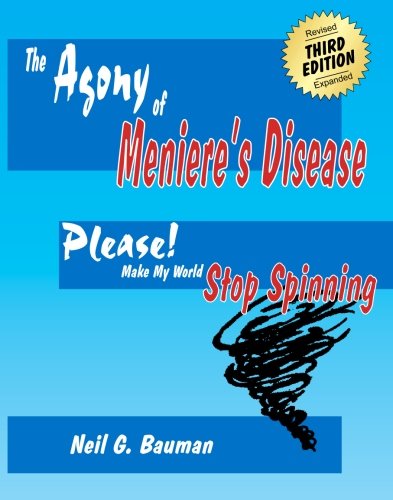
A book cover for The Agony of Meniere's Disease (3rd Edition): Please Make My World Stop Spinning!; Neil G. Bauman; Health, Fitness & Dieting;